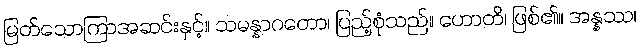
မြတ်သောကြာအဆင်းနှင့်။ သမန္နာဂတော၊ ပြည့်စုံသည်။ ဟောတိ၊ ဖြစ်၏။ အန္နဿ၊